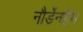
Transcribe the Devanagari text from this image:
नौर्डेनहैम